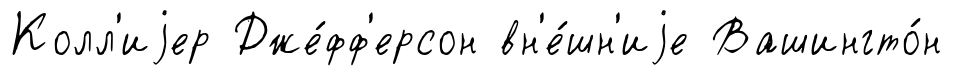
Колл'иjер Дже́фф'ерсон вн'е́шн'иjе Вашингто́н